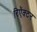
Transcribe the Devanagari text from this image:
रिऍक्टर